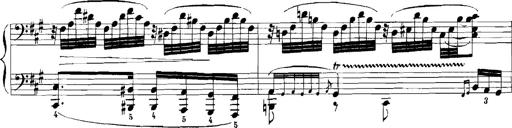
Title: Rhapsodies hongroises
Composer: Franz Liszt